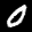
Label: 0